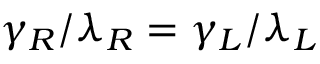
\gamma _ { R } / \lambda _ { R } = \gamma _ { L } / \lambda _ { L }